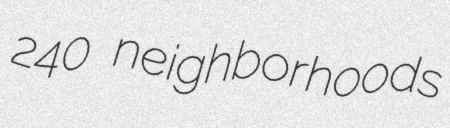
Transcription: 240 neighborhoods